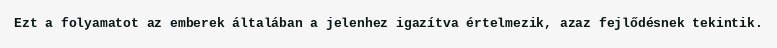
Ezt a folyamatot az emberek általában a jelenhez igazítva értelmezik, azaz fejlődésnek tekintik.